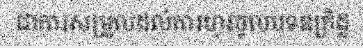
ជាការសម្រួលដល់ការហូរចូលបទឧក្រិដ្ឋ